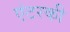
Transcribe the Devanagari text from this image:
एंटरकी